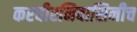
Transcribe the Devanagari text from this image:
करवीरनिवासिनीच